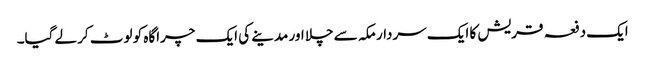
ایک دفعہ قریش کا ایک سردار مکہ سے چلا اور مدینے کی ایک چراگاہ کو لوٹ کر لے گیا۔